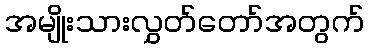
အမျိုးသားလွှတ်တော်အတွက်